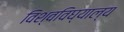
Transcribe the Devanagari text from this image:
विश्वविघ्याल्य